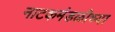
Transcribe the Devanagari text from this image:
नाटकमंडळीच्या